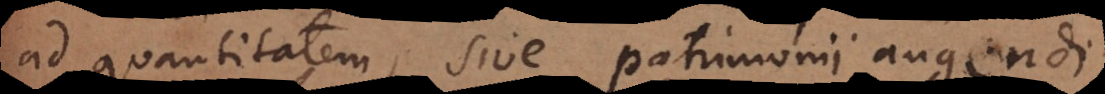
ad quantitatem, sive patrimonii augendi